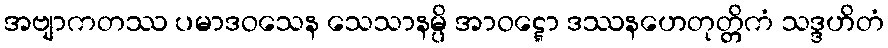
အဗျာကတဿ ပမာဒဝသေန သေသာနမ္ပိ အာဝဋ္ဋော ဒဿနဟေတုတ္တိကံ သဒ္ဒဟိတံ